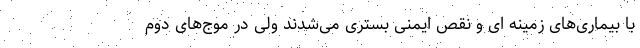
با بیماری‌های زمینه ای و نقص ایمنی بستری می‌شدند ولی در موج‌های دوم